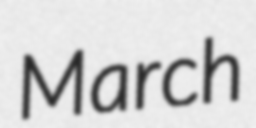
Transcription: March